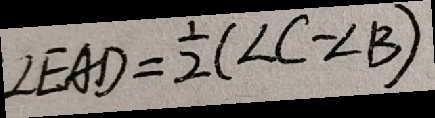
\angle E A D = \frac { 1 } { 2 } ( \angle C - \angle B )